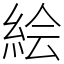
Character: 絵